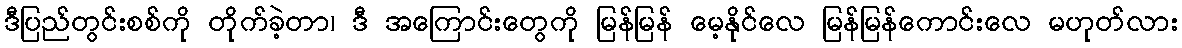
ဒီပြည်တွင်းစစ်ကို တိုက်ခဲ့တာ၊ ဒီ အကြောင်းတွေကို မြန်မြန် မေ့နိုင်လေ မြန်မြန်ကောင်းလေ မဟုတ်လား